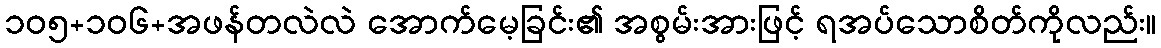
၁၀၅+၁၀၆+အဖန်တလဲလဲ အောက်မေ့ခြင်း၏ အစွမ်းအားဖြင့် ရအပ်သောစိတ်ကိုလည်း။